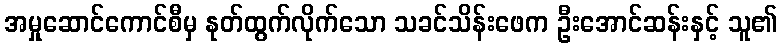
အမှုဆောင်ကောင်စီမှ နုတ်ထွက်လိုက်သော သခင်သိန်းဖေက ဦးအောင်ဆန်းနှင့် သူ၏